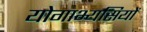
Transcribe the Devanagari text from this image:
योगाभ्यसियों